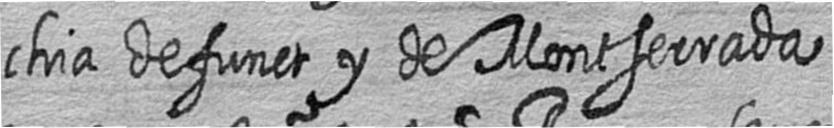
chia defunct y de Montserrada